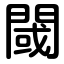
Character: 閾